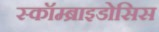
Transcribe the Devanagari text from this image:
स्कॉम्ब्राइडोसिस